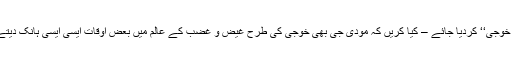
جی چاہا کہ نریندر مودی کا نام بدل کر ’’نریندر خوجی‘‘ کردیا جائے – کیا کریں کہ مودی جی بھی خوجی کی طرح غیض و غضب کے عالم میں بعض اوقات ایسی ایسی ہانک دیتے ہیں کہ بے اختیار قہقہہ لگانے کو دل کرتا ہے۔